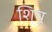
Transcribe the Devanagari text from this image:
शिचू